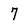
Character: 7